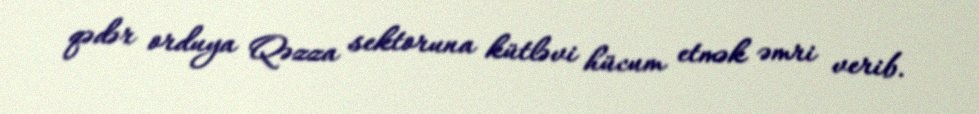
qədər orduya Qəzza sektoruna kütləvi hücum etmək əmri verib.